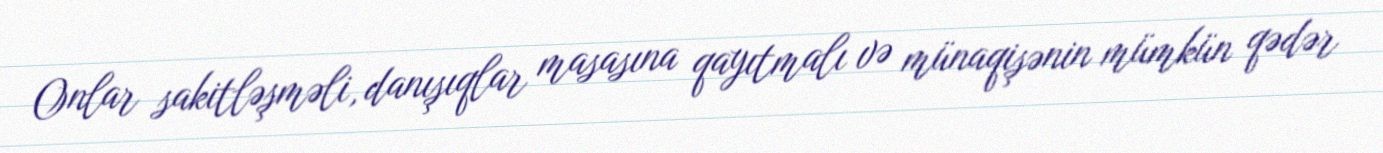
Onlar sakitləşməli, danışıqlar masasına qayıtmalı və münaqişənin mümkün qədər